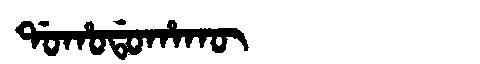
Manchu: ᡩᠣᡥᠣᡩᠣᡥᠠᡴᡡ
Romanization: DOHODOHAKŪ